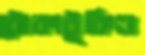
ঠোকাঠুকিও